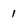
Character: 1